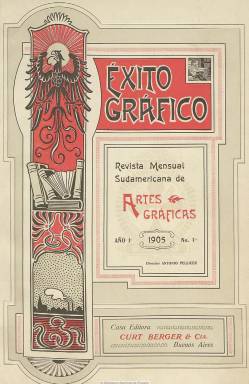
Título: Éxito gráfico
Colección: Artes gráficas
Ámbito geográfico: Argentina
Lugar de publicación: Buenos Aires
Fechas: 01/09/1905-30/11/1907

Revista mensual sudamericana de artes gráficas, tal como expresa su subtítulo, comienza a ser publicada, en septiembre de 1905, por la bonaerense Casa Editorial Curt Berger y Compañía, a la que, en 1891, había llegado a trabajar como tipógrafo el destacado dirigente anarquista, escritor y periodista barcelonés Antonio Pellicer Paraire -en algunas referencias, Pereyra- (1851-1916), que la dirigirá. Tanto por lo literario y tipográfico como por los materiales empleados en su confección y estampación y, también, por su encuadernación, Estela Maris Fernández (2004), que ha analizado las revistas técnicas argentinas de entresiglos dedicadas al arte y a la industria gráfica, le ha asignado a esta una perfección y pulcritud singular, en el marco del movimiento modernista, junto a otras, como Páginas gráficas, Ecos gráficos o La Noografía (1898-1899), que el mismo Pellicer también había dirigido.

Estampada en los Talleres de Fessel & Mengen, con una minerva Victoria, y en entregas de paginación variada y foliación seguida, y con una profusión de alardes tipográficos y de impresión muy significativos, está dedicada al fomento de las artes e industrias gráficas en Sudamérica, con especial atención a Argentina, que vivía una auténtica revolución en este campo. Su propósito era que quedaran registradas en sus páginas todas las novedades, inventos o ensayos que se llevaran a cabo en la industria gráfica internacional. Sus textos estarán intercalados con grabados de artefactos de imprimir, como es el caso de las rotativas o las nuevas máquinas de componer.

Será una publicación que ofrecerá también conocimientos técnicos y estilísticos a impresores, tipógrafos, litógrafos, fotógrafos, grabadores, dibujantes, encuadernadores y a cuantos oficios intervienen en la industria de las artes gráficas, desde generalidades sobre el arte de imprimir hasta aspectos técnicos o mecánicos del mismo. Pero asimismo dedica espacio a congresos y exposiciones y a estudios sobre ex libris, ediciones rarísimas del Quijote o al Museo de las Artes Gráficas de Leipzig, y publica, por entregas, un Vocabulario de tipografía y ramos anexos, de Virginio Colmegna

La revista dedica también atención a los aspectos gremiales y a la enseñanza profesional, e incluye como suplemento interno un Boletín oficial de la Sección Artes Gráficas de la Unión Industrial Argentina, con actas e informes sobre condiciones y reglamentación del trabajo, tarifas de salarios, legislación del sector o información sobre sus asambleas, y desde sus páginas se impulsará la creación del Instituto Escuela Argentino de Artes Gráficas, del que Pellicer –considerado el patriarca de los noógrafos argentinos- será presidente.

A modo también de suplemento artístico y fuera de texto, publica litografías y fotograbados de reproducciones, dibujos y fotografías, utilizando para ello papel especial –como el glacé y el Guttenberg- y técnicas diversas, como el bicolor, la tricromía, la autotipia y la citocromía o cuatricomía.

De la revista resaltan también los adornos y viñetas de corte modernista, así como la confección visual de sus anuncios comerciales y los administrativos de la propia publicación. Al final de cada número indica las especificaciones técnicas de su elaboración: tipos de papel usados, gramaje, tintas, composición, confección e impresión, tanto de sus cubiertas como de sus páginas interiores.

La colección de la Biblioteca Nacional de España está formada por sus primeros 24 números (se suspendió temporalmente en noviembre-diciembre de 1906 por una huelga de trabajadores de artes gráficas), correspondiendo el último a noviembre-diciembre de 1907, formando dos volúmenes bianuales, con índices. Hay referencias de esta revista hasta su número 124, de 1916.